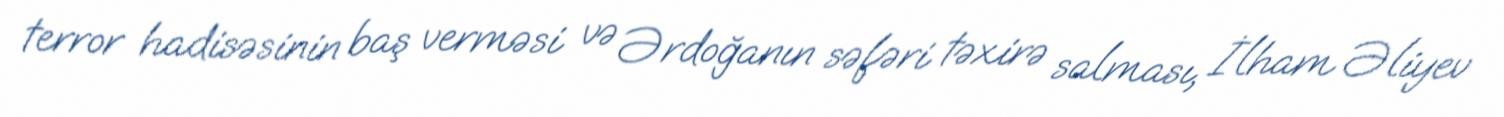
terror hadisəsinin baş verməsi və Ərdoğanın səfəri təxirə salması, İlham Əliyev